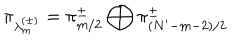
LaTeX: \pi _ { \lambda _ { m } ^ { ( \pm ) } } = \pi _ { m / 2 } ^ { \pm } \bigoplus \pi _ { ( N ^ { \prime } - m - 2 ) / 2 } ^ { \pm }